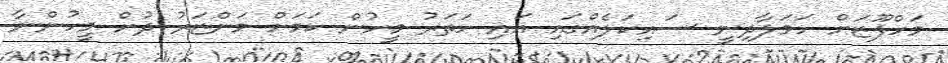
މަހްފޫޒަށް ހަމަލާދިނީ ސައިކަލެއްގައި އައި ހަތަރު މީހުން ކަމަށް މަންޒަރު ދުށް މީހުންނާ